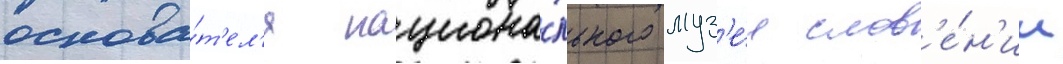
основа́т'ел'я национа́льного муз'е́я слов'е́н'ии